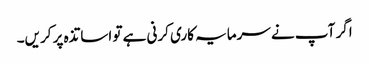
اگر آپ نے سرمایہ کاری کرنی ہے تو اساتذہ پر کریں۔